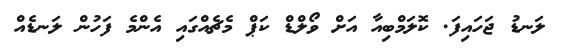
ލަނޑު ޖަހައިފަ. ކޮލަމްބިއާ އަށް ވޯލްޑް ކަޕް މެޗެއްގައި އެންމެ ފަހުން ލަނޑެއް